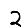
Digit: 2